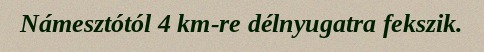
Námesztótól 4 km-re délnyugatra fekszik.